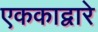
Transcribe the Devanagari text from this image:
एककाद्वारे